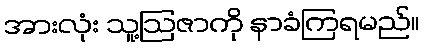
အားလုံး သူ့ဩဇာကို နာခံကြရမည်။